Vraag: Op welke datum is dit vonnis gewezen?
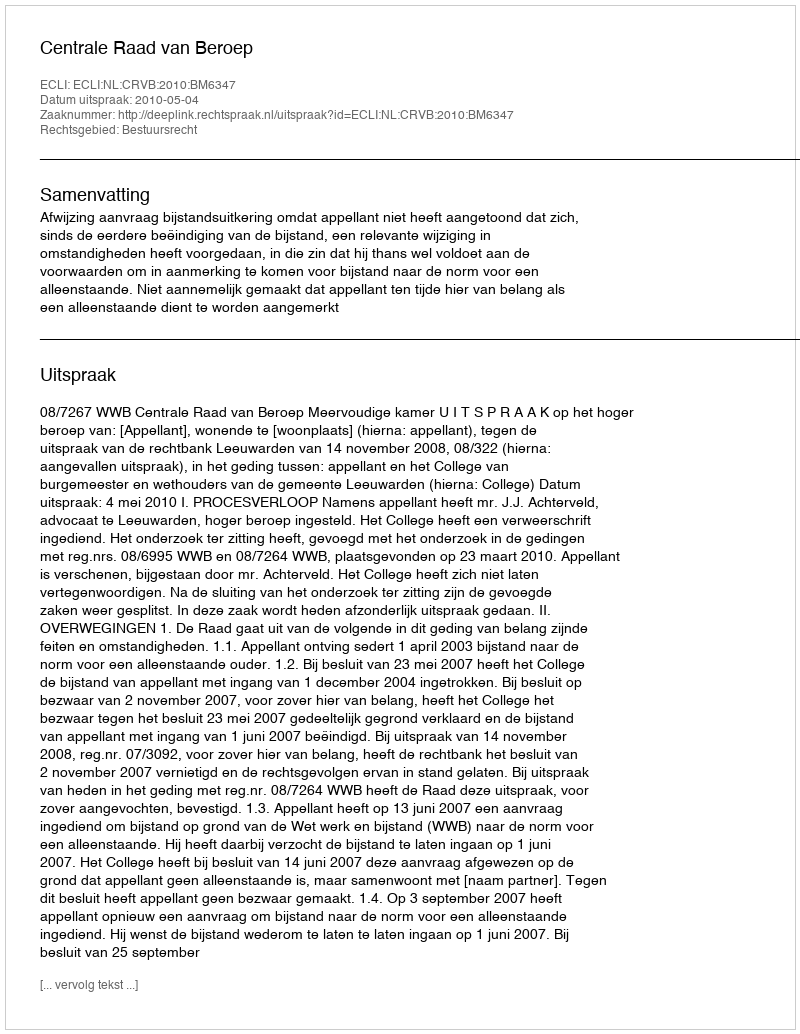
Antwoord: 2010-05-04